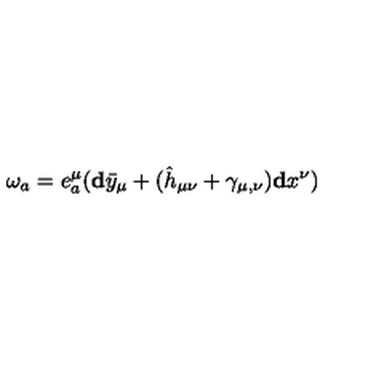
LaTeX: \mathbf { \omega } _ { a } = e _ { a } ^ { \mu } ( \mathbf { d } \bar { y } _ { \mu } + ( \hat { h } _ { \mu \nu } + \gamma _ { \mu , \nu } ) \mathbf { d } x ^ { \nu } )